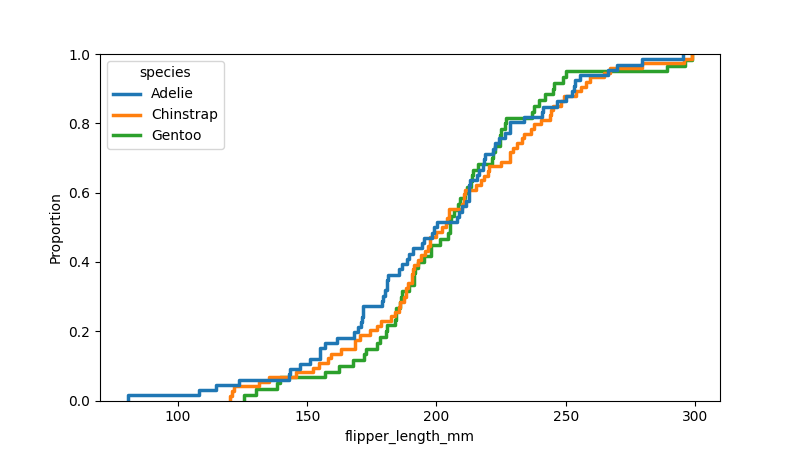
python, seaborn, ecdfplot, column='flipper_length_mm', hue='species', stat='proportion', linewidth=2.5